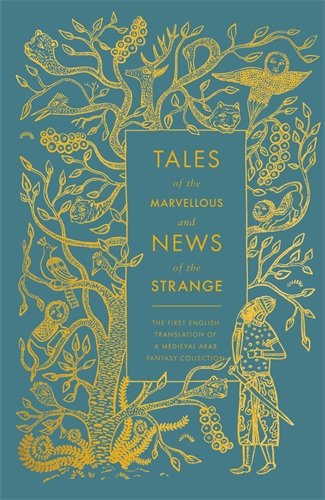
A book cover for Tales of the Marvellous and News of the Strange (Hardcover Classics); Literature & Fiction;